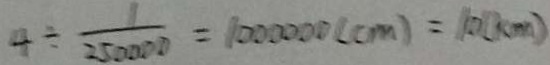
4 \div \frac { 1 } { 2 5 0 0 0 0 } = 1 0 0 0 0 0 0 ( c m ) = 1 0 ( c m )